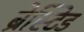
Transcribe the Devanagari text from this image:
ब्रेस्टिड